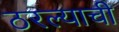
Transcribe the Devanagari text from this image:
ठरल्याची